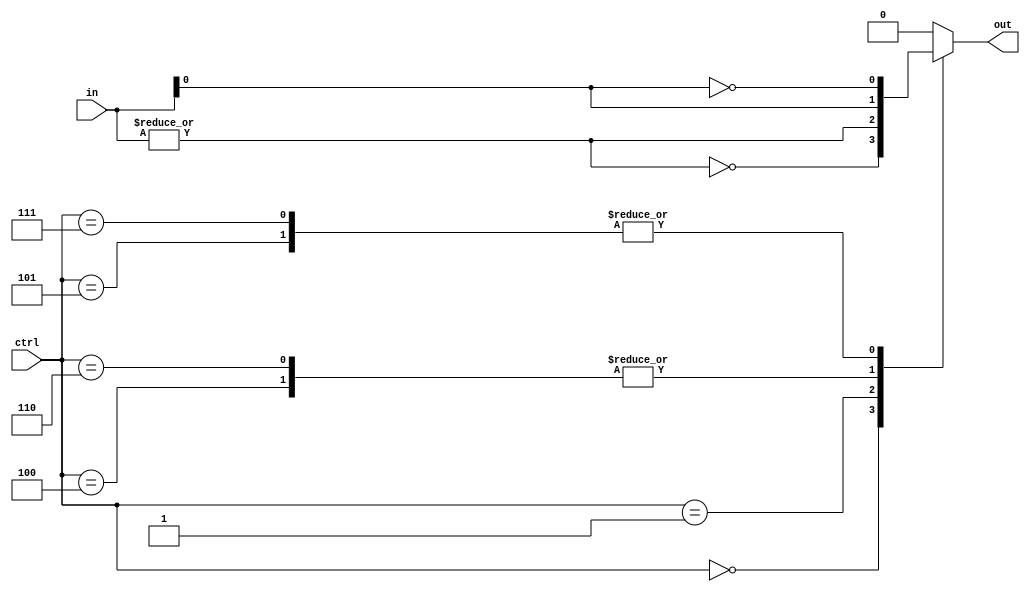
module branchcontroller(in, ctrl, out);
	input [31:0] in;
	input [2:0] ctrl;
	output out;

	assign out = controller(in, ctrl);

	function controller(input [31:0] in, input [2:0] ctrl);
		begin
			case(ctrl)
			3'b000: controller = ~|in;
			3'b001:	controller = |in;
			3'b100:	controller = in[0];
			3'b101: controller = ~in[0];
			3'b110: controller = in[0];
			3'b111: controller = ~in[0];
			default: controller = 1'b0;
			endcase
		end
	endfunction
endmodule